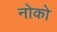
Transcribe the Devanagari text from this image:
नोको